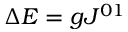
\Delta E = g J ^ { 0 1 }